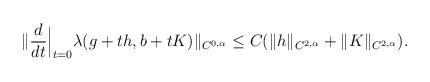
LaTeX: \begin{align*} \|\frac{d}{dt}\Big|_{t=0}\lambda(g+th,b+tK)\|_{C^{0,\alpha}}\leq C(\|h\|_{C^{2,\alpha}}+\|K\|_{C^{2,\alpha}}).\end{align*}